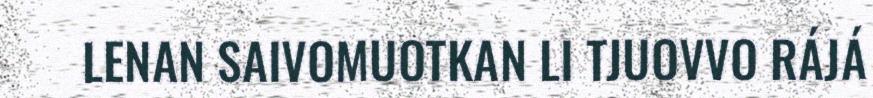
LENAN SAIVOMUOTKAN LI TJUOVVO RÁJÁ